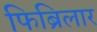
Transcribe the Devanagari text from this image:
फिब्रिलार